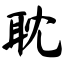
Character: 耽